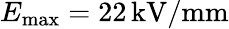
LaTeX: E_{\mathrm{max}}=22\, \mathrm{kV/mm}